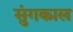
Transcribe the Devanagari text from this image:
सुंगकाल